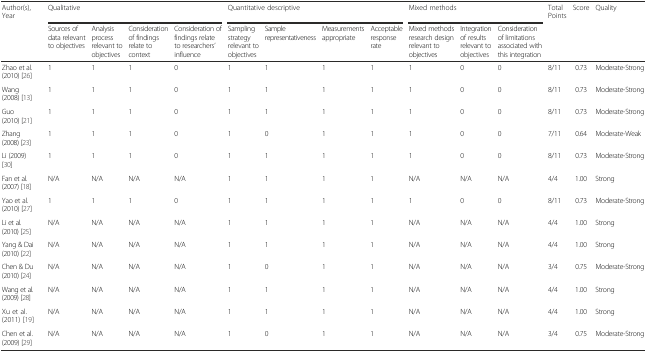
<table><thead><tr><td><b>Author(s), Year</b></td><td colspan="4"><b>Qualitative</b></td><td colspan="4"><b>Quantitative descriptive</b></td><td colspan="3"><b>Mixed methods</b></td><td><b>Total Points</b></td><td><b>Score</b></td><td><b>Quality</b></td></tr><tr><td></td><td><b>Sources of data relevant to objectives</b></td><td><b>Analysis process relevant to objectives</b></td><td><b>Consideration of findings relate to context</b></td><td><b>Consideration of findings relate to researchers’ influence</b></td><td><b>Sampling strategy relevant to objectives</b></td><td><b>Sample representativeness</b></td><td><b>Measurements appropriate</b></td><td><b>Acceptable response rate</b></td><td><b>Mixed methods research design relevant to objectives</b></td><td><b>Integration of results relevant to objectives</b></td><td><b>Consideration of limitations associated with this integration</b></td><td></td><td></td><td></td></tr></thead><tbody><tr><td>Zhao et al. (2010) [26]</td><td>1</td><td>1</td><td>1</td><td>0</td><td>1</td><td>1</td><td>1</td><td>1</td><td>1</td><td>0</td><td>0</td><td>8/11</td><td>0.73</td><td>Moderate-Strong</td></tr><tr><td>Wang (2008) [13]</td><td>1</td><td>1</td><td>1</td><td>0</td><td>1</td><td>1</td><td>1</td><td>1</td><td>1</td><td>0</td><td>0</td><td>8/11</td><td>0.73</td><td>Moderate-Strong</td></tr><tr><td>Guo (2010) [21]</td><td>1</td><td>1</td><td>1</td><td>0</td><td>1</td><td>1</td><td>1</td><td>1</td><td>1</td><td>0</td><td>0</td><td>8/11</td><td>0.73</td><td>Moderate-Strong</td></tr><tr><td>Zhang (2008) [23]</td><td>1</td><td>1</td><td>1</td><td>0</td><td>1</td><td>0</td><td>1</td><td>1</td><td>1</td><td>0</td><td>0</td><td>7/11</td><td>0.64</td><td>Moderate-Weak</td></tr><tr><td>Li (2009) [30]</td><td>1</td><td>1</td><td>1</td><td>0</td><td>1</td><td>1</td><td>1</td><td>1</td><td>1</td><td>0</td><td>0</td><td>8/11</td><td>0.73</td><td>Moderate-Strong</td></tr><tr><td>Fan et al. (2007) [18]</td><td>N/A</td><td>N/A</td><td>N/A</td><td>N/A</td><td>1</td><td>1</td><td>1</td><td>1</td><td>N/A</td><td>N/A</td><td>N/A</td><td>4/4</td><td>1.00</td><td>Strong</td></tr><tr><td>Yao et al. (2010) [27]</td><td>1</td><td>1</td><td>1</td><td>0</td><td>1</td><td>1</td><td>1</td><td>1</td><td>1</td><td>0</td><td>0</td><td>8/11</td><td>0.73</td><td>Moderate-Strong</td></tr><tr><td>Li et al. (2010) [25]</td><td>N/A</td><td>N/A</td><td>N/A</td><td>N/A</td><td>1</td><td>1</td><td>1</td><td>1</td><td>N/A</td><td>N/A</td><td>N/A</td><td>4/4</td><td>1.00</td><td>Strong</td></tr><tr><td>Yang &amp; Dai (2010) [22]</td><td>N/A</td><td>N/A</td><td>N/A</td><td>N/A</td><td>1</td><td>1</td><td>1</td><td>1</td><td>N/A</td><td>N/A</td><td>N/A</td><td>4/4</td><td>1.00</td><td>Strong</td></tr><tr><td>Chen &amp; Du (2010) [24]</td><td>N/A</td><td>N/A</td><td>N/A</td><td>N/A</td><td>1</td><td>0</td><td>1</td><td>1</td><td>N/A</td><td>N/A</td><td>N/A</td><td>3/4</td><td>0.75</td><td>Moderate-Strong</td></tr><tr><td>Wang et al. (2009) [28]</td><td>N/A</td><td>N/A</td><td>N/A</td><td>N/A</td><td>1</td><td>1</td><td>1</td><td>1</td><td>N/A</td><td>N/A</td><td>N/A</td><td>4/4</td><td>1.00</td><td>Strong</td></tr><tr><td>Xu et al. (2011) [19]</td><td>N/A</td><td>N/A</td><td>N/A</td><td>N/A</td><td>1</td><td>1</td><td>1</td><td>1</td><td>N/A</td><td>N/A</td><td>N/A</td><td>4/4</td><td>1.00</td><td>Strong</td></tr><tr><td>Chen et al. (2009) [29]</td><td>N/A</td><td>N/A</td><td>N/A</td><td>N/A</td><td>1</td><td>0</td><td>1</td><td>1</td><td>N/A</td><td>N/A</td><td>N/A</td><td>3/4</td><td>0.75</td><td>Moderate-Strong</td></tr></tbody></table>